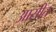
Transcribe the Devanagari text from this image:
आसीत